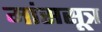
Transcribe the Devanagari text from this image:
मांससूत्र